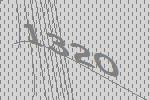
1320